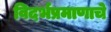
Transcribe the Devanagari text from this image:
विदर्भप्रमाणाचे